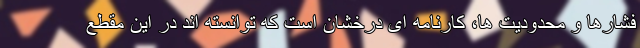
فشارها و محدودیت ها، کارنامه ای درخشان است که توانسته اند در این مقطع